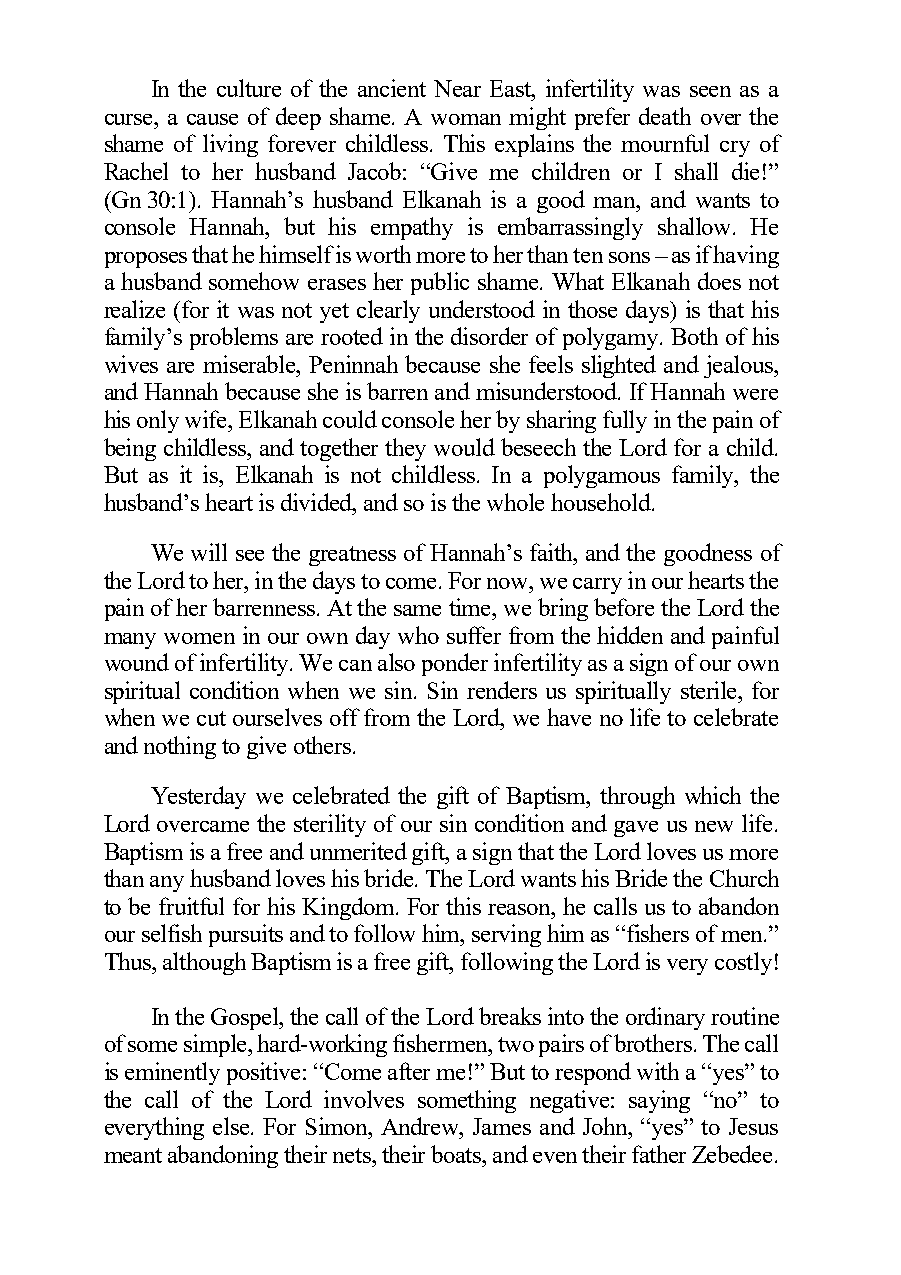
In the culture of the ancient Near East, infertility was seen as a
 curse, a cause of deep shame. A woman might prefer death over the
 shame of living forever childless. This explains the mournful cry of
 Rachel to her husband Jacob: “Give me children or I shall die!”
 (Gn 30:1). Hannah’s husband Elkanah is a good man, and wants to
 console Hannah, but his empathy is embarrassingly shallow. He
 proposes that he himself is worth more to her than ten sons – as if having
 a husband somehow erases her public shame. What Elkanah does not
 realize (for it was not yet clearly understood in those days) is that his
 family’s problems are rooted in the disorder of polygamy. Both of his
 wives are miserable, Peninnah because she feels slighted and jealous,
 and Hannah because she is barren and misunderstood. If Hannah were
 his only wife, Elkanah could console her by sharing fully in the pain of
 being childless, and together they would beseech the Lord for a child.
 But as it is, Elkanah is not childless. In a polygamous family, the
 husband’s heart is divided, and so is the whole household.
 We will see the greatness of Hannah’s faith, and the goodness of
 the Lord to her, in the days to come. For now, we carry in our hearts the
 pain of her barrenness. At the same time, we bring before the Lord the
 many women in our own day who suffer from the hidden and painful
 wound of infertility. We can also ponder infertility as a sign of our own
 spiritual condition when we sin. Sin renders us spiritually sterile, for
 when we cut ourselves off from the Lord, we have no life to celebrate
 and nothing to give others.
 Yesterday we celebrated the gift of Baptism, through which the
 Lord overcame the sterility of our sin condition and gave us new life.
 Baptism is a free and unmerited gift, a sign that the Lord loves us more
 than any husband loves his bride. The Lord wants his Bride the Church
 to be fruitful for his Kingdom. For this reason, he calls us to abandon
 our selfish pursuits and to follow him, serving him as “fishers of men.”
 Thus, although Baptism is a free gift, following the Lord is very costly!
 In the Gospel, the call of the Lord breaks into the ordinary routine
 of some simple, hard-working fishermen, two pairs of brothers. The call
 is eminently positive: “Come after me!” But to respond with a “yes” to
 the call of the Lord involves something negative: saying “no” to
 everything else. For Simon, Andrew, James and John, “yes” to Jesus
 meant abandoning their nets, their boats, and even their father Zebedee.